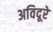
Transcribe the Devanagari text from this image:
अविदूरे